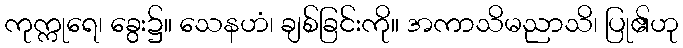
ကုက္ကုရေ၊ ခွေး၌။ သေနဟံ၊ ချစ်ခြင်းကို။ အကာသိမညာသိ၊ ပြု၏ဟု